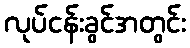
လုပ်ငန်းခွင်အတွင်း